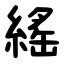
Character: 䌊